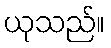
ယုသည်။